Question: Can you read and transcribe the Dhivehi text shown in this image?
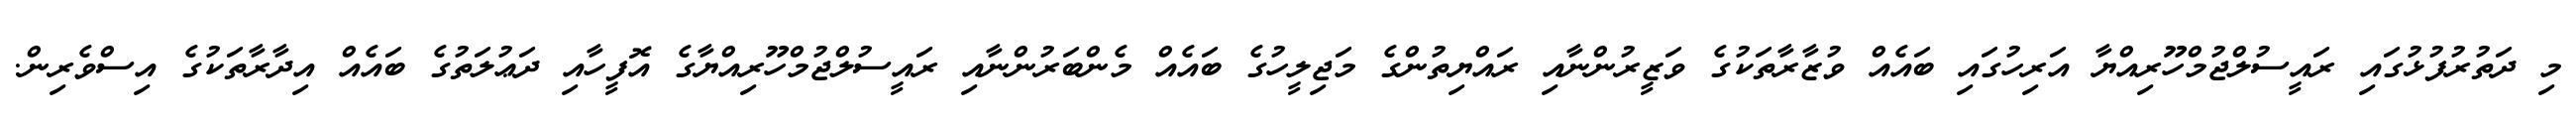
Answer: މި ދަތުރުފުޅުގައި ރައީސުލްޖުމްހޫރިއްޔާ އަރިހުގައި ބައެއް ވުޒާރާތަކުގެ ވަޒީރުންނާއި ރައްޔިތުންގެ މަޖިލީހުގެ ބައެއް މެންބަރުންނާއި ރައީސުލްޖުމްހޫރިއްޔާގެ އޮފީހާއި ދަޢުލަތުގެ ބައެއް އިދާރާތަކުގެ އިސްވެރިން.